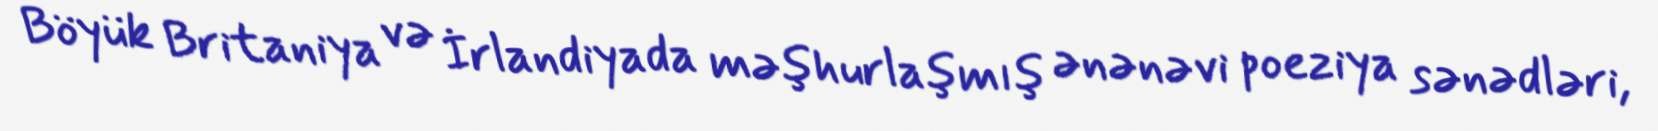
Böyük Britaniya və İrlandiyada məşhurlaşmış ənənəvi poeziya sənədləri,